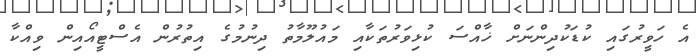
އެ ހަވީރުގައި ކުޑަކުދިންނަށް ޚާއްސަ ކުޅިވަރުތަކާއި މައުލޫމާތު ދިނުމުގެ އިތުރުން އެސްޓީއޯއިން ވިއްކާ